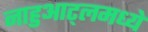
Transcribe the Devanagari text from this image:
नाहुआट्लमध्ये